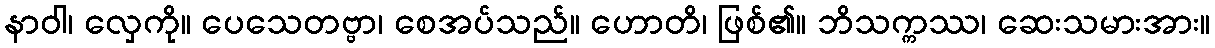
နာဝါ၊ လှေကို။ ပေသေတဗ္ဗာ၊ စေအပ်သည်။ ဟောတိ၊ ဖြစ်၏။ ဘိသက္ကဿ၊ ဆေးသမားအား။